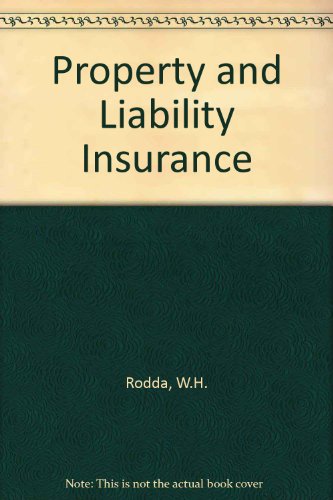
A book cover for Property And Liability Insurance; William H. Rodda; Business & Money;